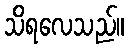
သိရလေသည်။